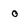
Character: o